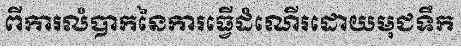
ពីការលំបាកនៃការធ្វើដំណើរដោយមុជទឹក